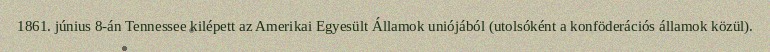
1861. június 8-án Tennessee kilépett az Amerikai Egyesült Államok uniójából (utolsóként a konföderációs államok közül).